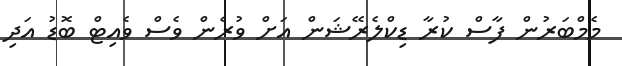
މެމްބަރުން ފާސް ކުރާ ޑިކްލެރޭޝަން އަށް ވުރެން ވެސް ވެއިޓް ބޮޑު އަދި